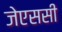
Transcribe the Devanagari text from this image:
जेएससी